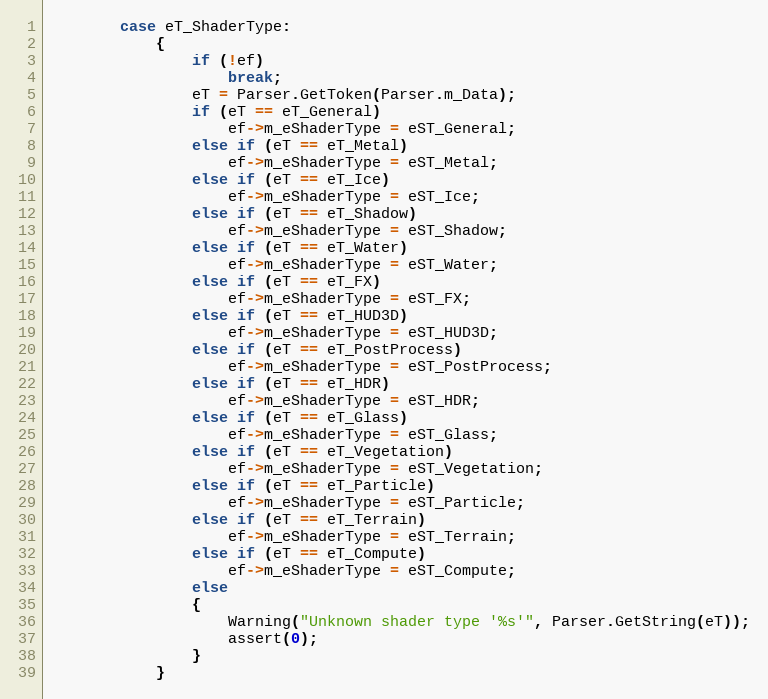
Language: C++
		case eT_ShaderType:
			{
				if (!ef)
					break;
				eT = Parser.GetToken(Parser.m_Data);
				if (eT == eT_General)
					ef->m_eShaderType = eST_General;
				else if (eT == eT_Metal)
					ef->m_eShaderType = eST_Metal;
				else if (eT == eT_Ice)
					ef->m_eShaderType = eST_Ice;
				else if (eT == eT_Shadow)
					ef->m_eShaderType = eST_Shadow;
				else if (eT == eT_Water)
					ef->m_eShaderType = eST_Water;
				else if (eT == eT_FX)
					ef->m_eShaderType = eST_FX;
				else if (eT == eT_HUD3D)
					ef->m_eShaderType = eST_HUD3D;
				else if (eT == eT_PostProcess)
					ef->m_eShaderType = eST_PostProcess;
				else if (eT == eT_HDR)
					ef->m_eShaderType = eST_HDR;
				else if (eT == eT_Glass)
					ef->m_eShaderType = eST_Glass;
				else if (eT == eT_Vegetation)
					ef->m_eShaderType = eST_Vegetation;
				else if (eT == eT_Particle)
					ef->m_eShaderType = eST_Particle;
				else if (eT == eT_Terrain)
					ef->m_eShaderType = eST_Terrain;
				else if (eT == eT_Compute)
					ef->m_eShaderType = eST_Compute;
				else
				{
					Warning("Unknown shader type '%s'", Parser.GetString(eT));
					assert(0);
				}
			}